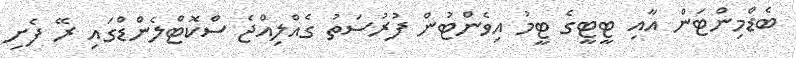
ބެޑްމިންޓަން އާއި ޓީޓީގެ ޓީމު އިވެންޓުން ފުރުސަތު ގެއްލިއްޖެ ސްކޮޓްލެންޑްގައި ރޭ ފެށި